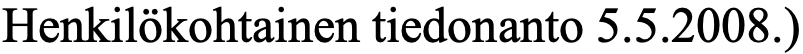
Henkilökohtainen tiedonanto 5.5.2008.)